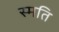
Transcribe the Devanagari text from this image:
स्मति